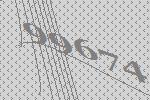
99674